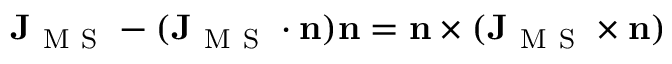
\mathbf { J } _ { \mathrm { ~ M ~ S ~ } } - ( \mathbf { J } _ { \mathrm { ~ M ~ S ~ } } \cdot \mathbf { n } ) \mathbf { n } = \mathbf { n } \times ( \mathbf { J } _ { \mathrm { ~ M ~ S ~ } } \times \mathbf { n } )